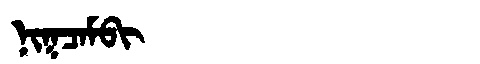
Manchu: ᠨᡳᡴᠴᠠᠮᠪᡳ
Romanization: NIKCAMBI